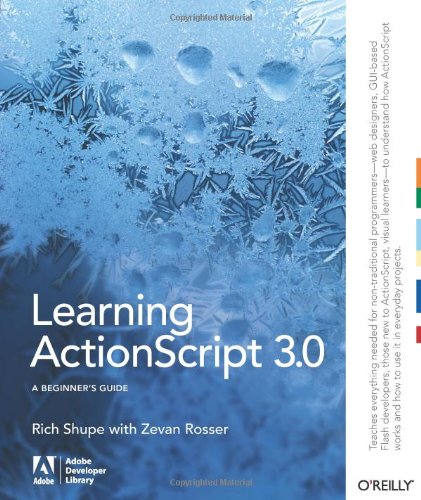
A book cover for Learning ActionScript 3.0: A Beginner's Guide; Rich Shupe; Computers & Technology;